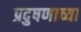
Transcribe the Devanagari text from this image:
प्रदुषणाच्या